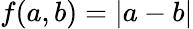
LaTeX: f(a,b)=|a-b|